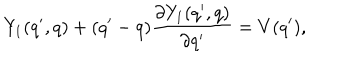
Y _ { 1 } ( q ^ { \prime } , q ) + ( q ^ { \prime } - q ) \frac { \partial Y _ { 1 } ( q ^ { \prime } , q ) } { \partial q ^ { \prime } } = V ( q ^ { \prime } ) ,